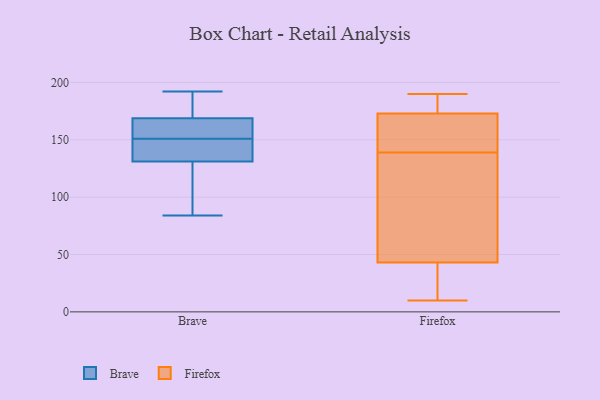
{"axis": {"x": "Demand Index", "y": "Value"}, "legend": ["Brave", "Firefox"], "data": [{"x": "", "y": 84, "type": "Brave"}, {"x": "", "y": 151, "type": "Brave"}, {"x": "", "y": 192, "type": "Brave"}, {"x": "", "y": 149, "type": "Brave"}, {"x": "", "y": 136, "type": "Brave"}, {"x": "", "y": 157, "type": "Brave"}, {"x": "", "y": 165, "type": "Brave"}, {"x": "", "y": 90, "type": "Brave"}, {"x": "", "y": 134, "type": "Brave"}, {"x": "", "y": 190, "type": "Brave"}, {"x": "", "y": 171, "type": "Brave"}, {"x": "", "y": 168, "type": "Brave"}, {"x": "", "y": 122, "type": "Brave"}, {"x": "", "y": 184, "type": "Firefox"}, {"x": "", "y": 10, "type": "Firefox"}, {"x": "", "y": 32, "type": "Firefox"}, {"x": "", "y": 134, "type": "Firefox"}, {"x": "", "y": 144, "type": "Firefox"}, {"x": "", "y": 190, "type": "Firefox"}, {"x": "", "y": 43, "type": "Firefox"}, {"x": "", "y": 158, "type": "Firefox"}, {"x": "", "y": 171, "type": "Firefox"}, {"x": "", "y": 33, "type": "Firefox"}, {"x": "", "y": 70, "type": "Firefox"}, {"x": "", "y": 173, "type": "Firefox"}, {"x": "", "y": 181, "type": "Firefox"}, {"x": "", "y": 63, "type": "Firefox"}]}